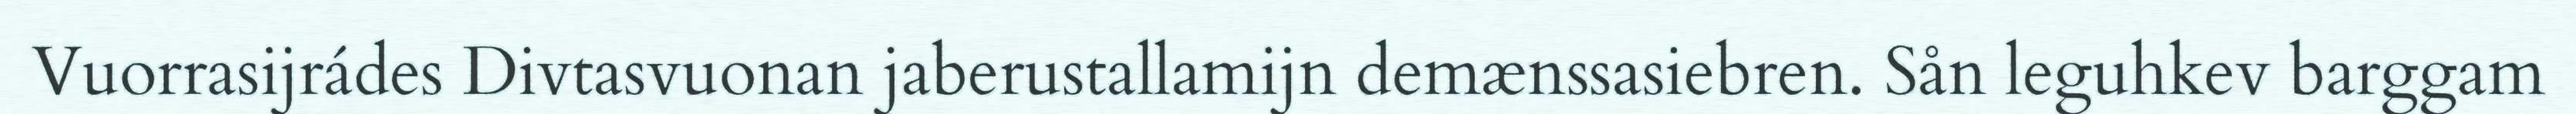
Vuorrasijrádes Divtasvuonan jaberustallamijn demænssasiebren. Sån leguhkev barggam